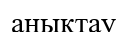
анықтау